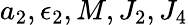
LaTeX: a_{2},\epsilon_{2},M,J_{2},J_{4}